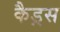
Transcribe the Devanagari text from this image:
कैड्रस